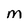
Character: M